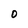
Character: 0